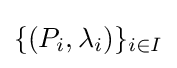
\{(P_{i},\lambda _{i})\}_{i\in I}